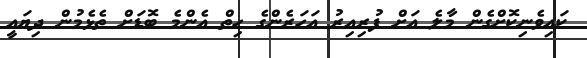
ކައިވެނިކޮށްގެން މާލެ އަށް ފުރިއިރު އަހަރެންގެ ހިތް އެންމެ ބޮޑަށް ތެޅެމުން ދިޔައީ